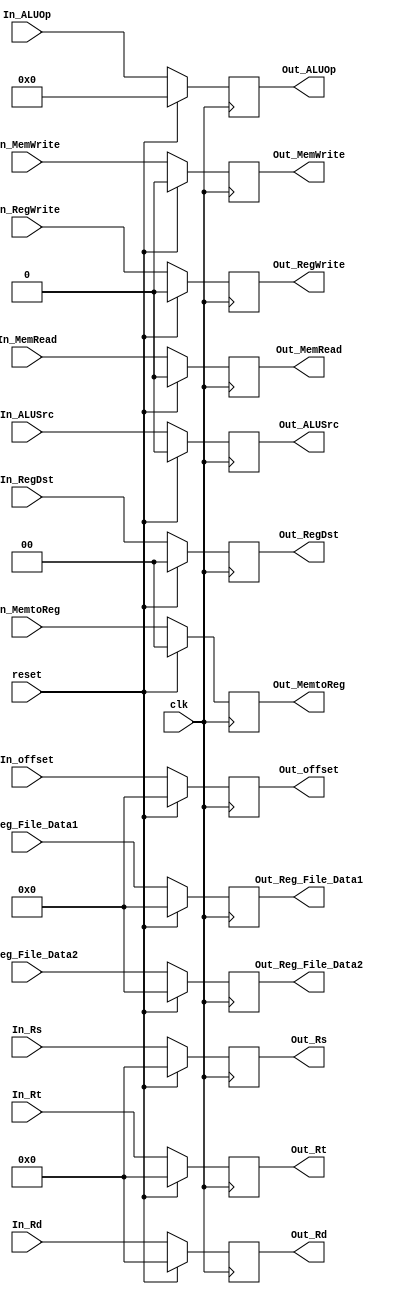
module ID_EX_Register (
// input signals
	clk,reset
	,In_Reg_File_Data1,In_Reg_File_Data2,
	In_offset,In_Rs,In_Rt,In_Rd,
	// output signals
   Out_Reg_File_Data1,Out_Reg_File_Data2,
	Out_offset,Out_Rs,Out_Rt,Out_Rd,
	// control unit input signals
	// EX signals
	In_ALUSrc, In_ALUOp ,In_RegDst,
	
	// MEM signals
	In_MemWrite,In_MemRead,
	
	// WB signals
	In_RegWrite, In_MemtoReg,
	
	// control unit output signals
	// EX signals
	Out_ALUSrc, Out_ALUOp ,Out_RegDst,
	
	// MEM signals
	Out_MemWrite,Out_MemRead,
	
	// WB signals
	Out_RegWrite, Out_MemtoReg 
); 


input clk , reset ; // reset is active when we catch a hazard in decode we use it instead of a mux to make all the values equal zeroes

input [31:0] In_Reg_File_Data1,In_Reg_File_Data2,In_offset ; // the data come from the register file and the offset from the sign extend 

input [4:0] In_Rs,In_Rt,In_Rd; // the values come from the instruction in ID stage

input In_ALUSrc,In_MemWrite,In_MemRead,In_RegWrite;

input [3:0] In_ALUOp;
input [1:0] In_MemtoReg;
input [1:0] In_RegDst;


output reg [31:0]  Out_Reg_File_Data1, Out_Reg_File_Data2, Out_offset ;

output reg [4:0]   Out_Rs , Out_Rt  , Out_Rd; 

output reg Out_ALUSrc,Out_MemWrite,Out_MemRead,Out_RegWrite;
							 
output reg [3:0] Out_ALUOp;
output reg [1:0] Out_MemtoReg;
output reg [1:0] Out_RegDst;
						 
						 
always @(posedge clk)
	begin
		
		if(reset == 1'b1) // if it one so we catch a hazard
			begin
			
			Out_Reg_File_Data1<=32'b0;
			Out_Reg_File_Data2<=32'b0;
			Out_offset<=32'b0;
			
			Out_Rs <=5'b0;
			Out_Rt <=5'b0;
			Out_Rd <=5'b0;
			
			Out_ALUSrc <= 1'b0;
			Out_MemWrite <= 1'b0;
			Out_MemRead <= 1'b0;
			Out_RegWrite <= 1'b0;
			
			Out_ALUOp<=4'b0;
			Out_MemtoReg<=2'b0;
			Out_RegDst<=2'b0;
			
			
			end
			
		else
			begin
			
			Out_Reg_File_Data1<= In_Reg_File_Data1;
			Out_Reg_File_Data2<= In_Reg_File_Data2;
			Out_offset<= In_offset;
			
			Out_Rs <=In_Rs;
			Out_Rt <=In_Rt;
			Out_Rd <=In_Rd;
			
			Out_ALUSrc <= In_ALUSrc;
			Out_MemWrite <= In_MemWrite;
			Out_MemRead <= In_MemRead;
			Out_RegWrite <= In_RegWrite;
			
			Out_ALUOp<=In_ALUOp;
			Out_MemtoReg<=In_MemtoReg;
			Out_RegDst<=In_RegDst;
			
			end
			
	
	
	end


						 
							 
endmodule